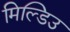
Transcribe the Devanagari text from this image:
मिल्डिउ